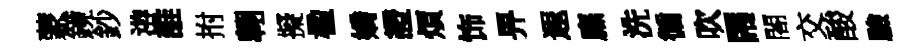
蒙鏡鈔㳺誰拊翺擬楹嬌證煩饰畀遐廡洗循吹閙閤交酸驗